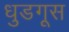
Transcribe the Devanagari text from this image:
धुडगूस